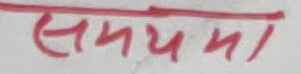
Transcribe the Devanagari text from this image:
सेमयमा